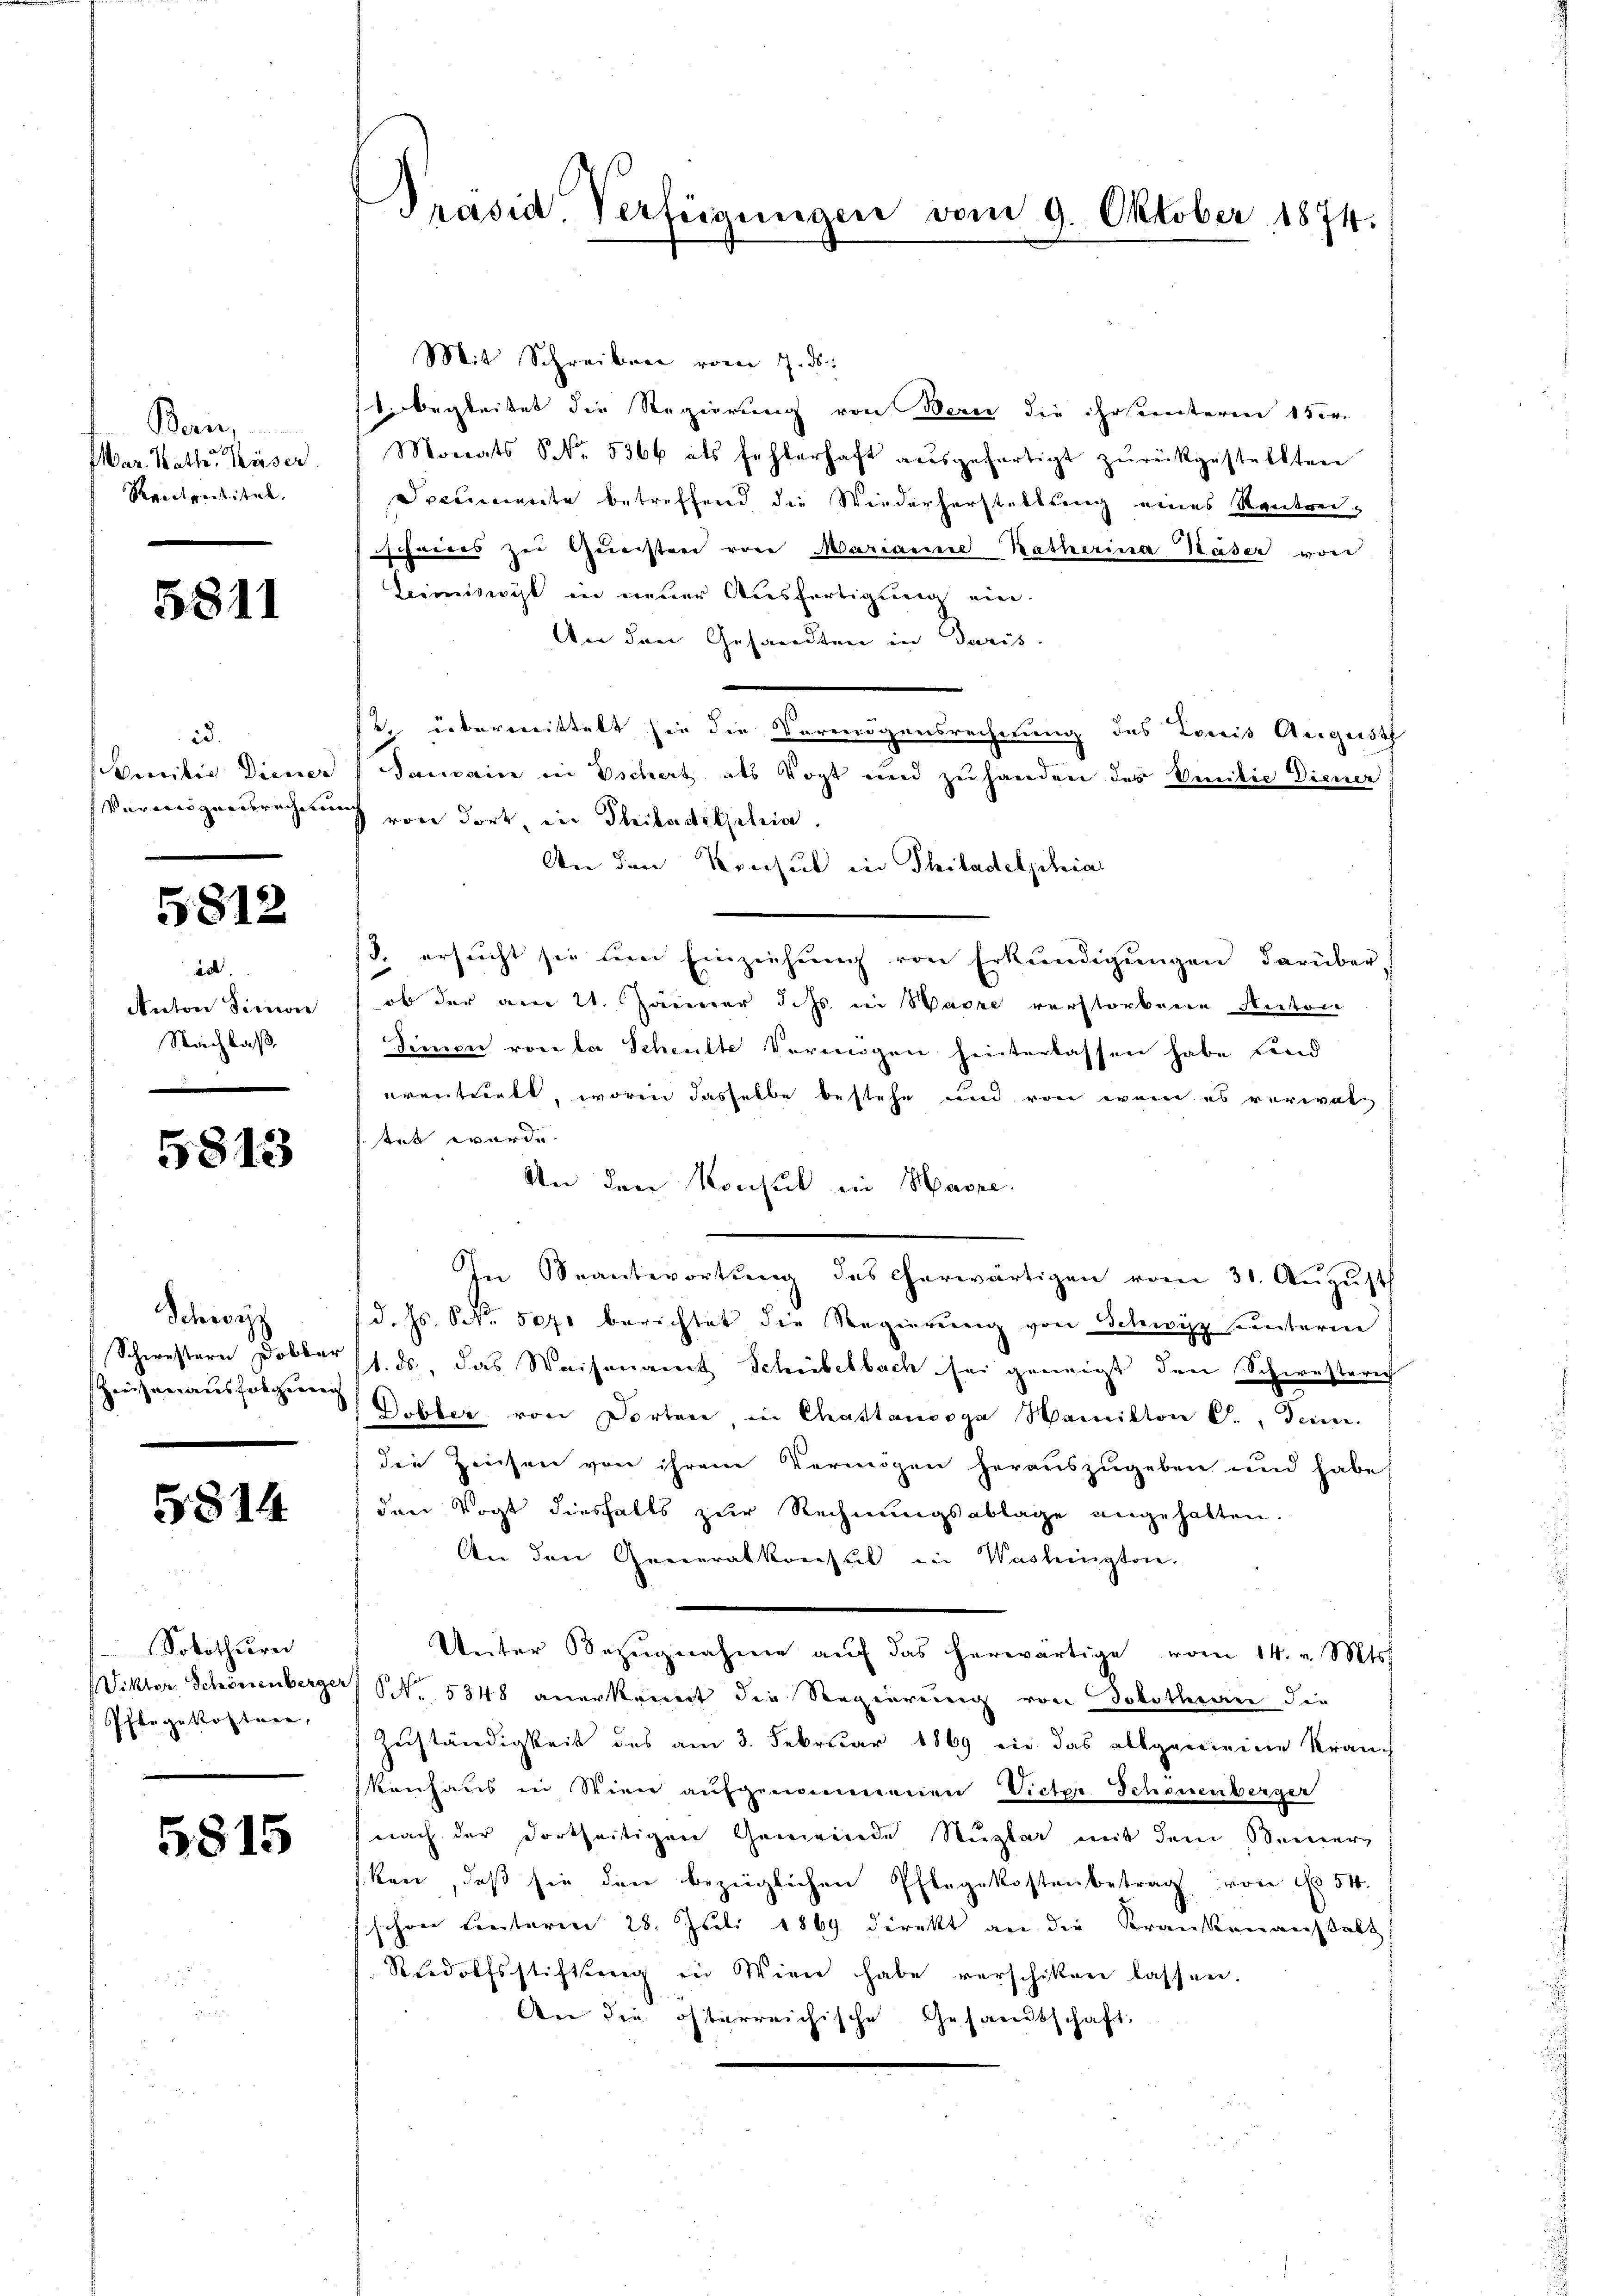
Bern,
ar. Nath Käser
Rantentitat.

5811

23.
encilio Diener
Varwiegensrechen

5812

id
Anton Simon
Nachbaß.

5813

Schwer
Schwestern Dobbar
hiessen ausfolgenen

5814

Solothurn
Viktor Schönenberge
Pflegekosten,

5815

Präsid. Verfügungen vom 9. Oktober 1874.

Mit Schreiben vom 7. ds.
1. begleitet die Regierung von Werne die ihrseiteren 150
Monats S. 5366 als fehlerhaft aŭsgefertigt zŭrückgestellten
Documente betreffend die Wiederherstellung eines Kontrei-
schnees zu Gunstrei von Marianne Katherina Kaser von
Leimiswyl in neuer Ausfertigung ein.
An den Gesandten in Juris
te übereittelt sie die Vermögensrechnung des Kreis Augusts
Jacain in Eschert, als Vogt und zŭ handen des Emilie Diener
 von dort, in Philadetschia
An den Konsul in Philadelphia
13. ersucht sie dem Einziehung von Erkundigungen darüber
ob der am 21. Jänner d. Js. in Ware verstorbene Anton
Simon von da Scheulte Vermögen hinterlassen habe und
erentrerbt, worin dasselbe bestehe und von wenn es reviattet wurde.
An den Konsul in Hasse.
In Beantwortung des herwärtigen vom 31. August
d. Js. No. 5070 berichtet die Regierung von Schwitz unterin
1. ds., das Weisenamt Schiebelbach sei geneigt, den Schwesterich
Dobler von Dorten in Chastanooga Namikon J., denn.
die Zeichen von ihrem Vermögen herauszugeben und habe
den Vogt diesfalls zur Rechnungsablage angehalten.
An den Generalkonsul in Washingten.
Unter Bezugnahme aŭf das herwärtige vom 14. v. Mts.
) S. 5348 anerkennt die Regierung von Solothurn die
Zuständigkeit des am 3. Februar 1869 ein das allgemeine Kranc
kenhaus in Wien aufgenommenen Victor Scheuenberger
nach der dortseitigen Gemeinde Stuzlar mit dem Seiner-
ken, daβ sie den bezüglichen Pflegekostenbetrag von No 54.
schöne Leuteren 28. Juli 1869 direkt an die Krankenanstalt
Rudolfsstiftserg in Wiene habe verschiken lassen.
An die öfterreichische Gesandtschaft,